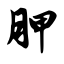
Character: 胛